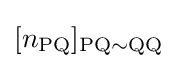
[n_{\rm {PQ}}]_{\rm {PQ\sim QQ}}